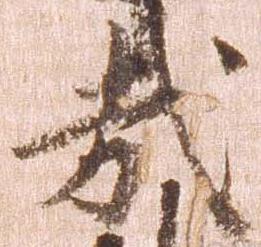
哉